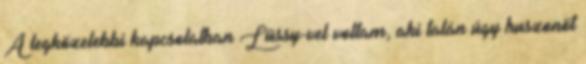
A legközelebbi kapcsolatban Lüssy-vel voltam, aki talán úgy huszonöt